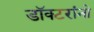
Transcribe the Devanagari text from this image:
डॉक्‍टरांनो